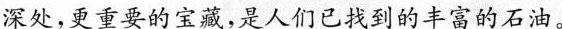
深处，更重要的宝藏，是人们已找到的丰富的石油。